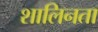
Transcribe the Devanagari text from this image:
शालिनता